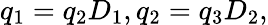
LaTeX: q_{1}=q_{2}D_{1},q_{2}=q_{3}D_{2},